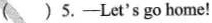
( )5.-Let's go home!